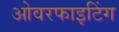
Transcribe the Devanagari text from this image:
ओवरफाइटिंग